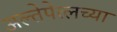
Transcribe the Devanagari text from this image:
अल्तेपेत्लच्या